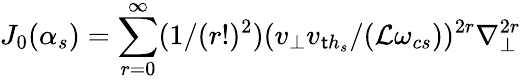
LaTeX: J_{0}(\alpha_{s})=\sum_{r=0}^{\infty}(1/(r!)^{2})(v_{\perp}v_{{\mathsf{t}h}_{s}}/(\mathcal{L}\omega_{cs}))^{2r}{\nabla_{\perp}^{2r}}